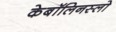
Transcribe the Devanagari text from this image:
केबॉलिनस्लो